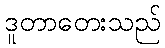
ဒူတာတေးသည်